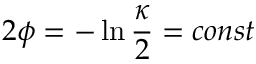
2 \phi = - \ln { \frac { \kappa } { 2 } } = c o n s t